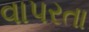
વાપરતા